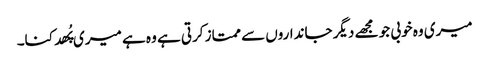
میری وہ خوبی جو مجھے دیگر جانداروں سے ممتاز کرتی ہے وہ ہے میری پُھدکنا۔